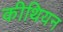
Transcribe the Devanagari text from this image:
कीथियन